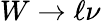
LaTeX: W\rightarrow\ell\nu